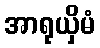
အာရုယှိမံ